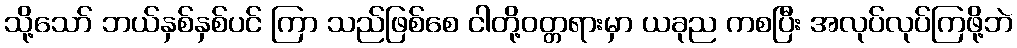
သို့သော် ဘယ်နှစ်နှစ်ပင် ကြာ သည်ဖြစ်စေ ငါတို့ဝတ္တရားမှာ ယခုည ကစပြီး အလုပ်လုပ်ကြဖို့ဘဲ